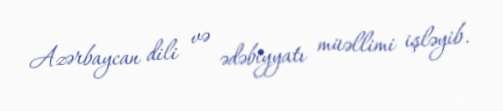
Azərbaycan dili və ədəbiyyatı müəllimi işləyib.